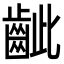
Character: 齜